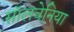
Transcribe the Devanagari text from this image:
सॉलवेनिया